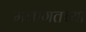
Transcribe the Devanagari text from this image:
मनोगतच्या